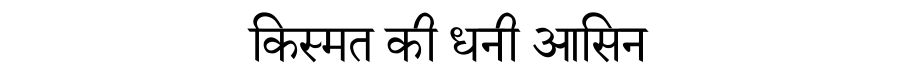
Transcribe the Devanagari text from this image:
किस्मत की धनी आसिन